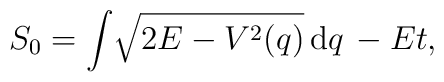
S_0=\int\!\sqrt{2E-V^2(q)}\,{\rm d}q\, -Et ,